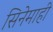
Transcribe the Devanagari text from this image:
सिनेमाही